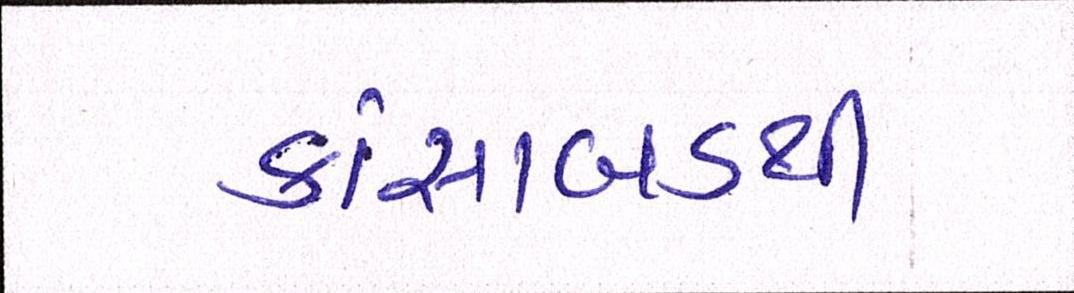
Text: કાંસાબડથી